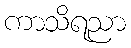
ကာသိရညာ